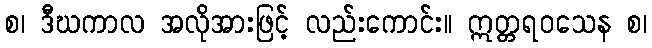
စ၊ ဒီဃကာလ အလိုအားဖြင့် လည်းကောင်း။ ဣတ္တရဝသေန စ၊